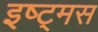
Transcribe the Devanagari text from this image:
इष्ट्मस